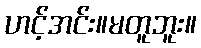
ဟင့်အင်း။မတူဘူး။